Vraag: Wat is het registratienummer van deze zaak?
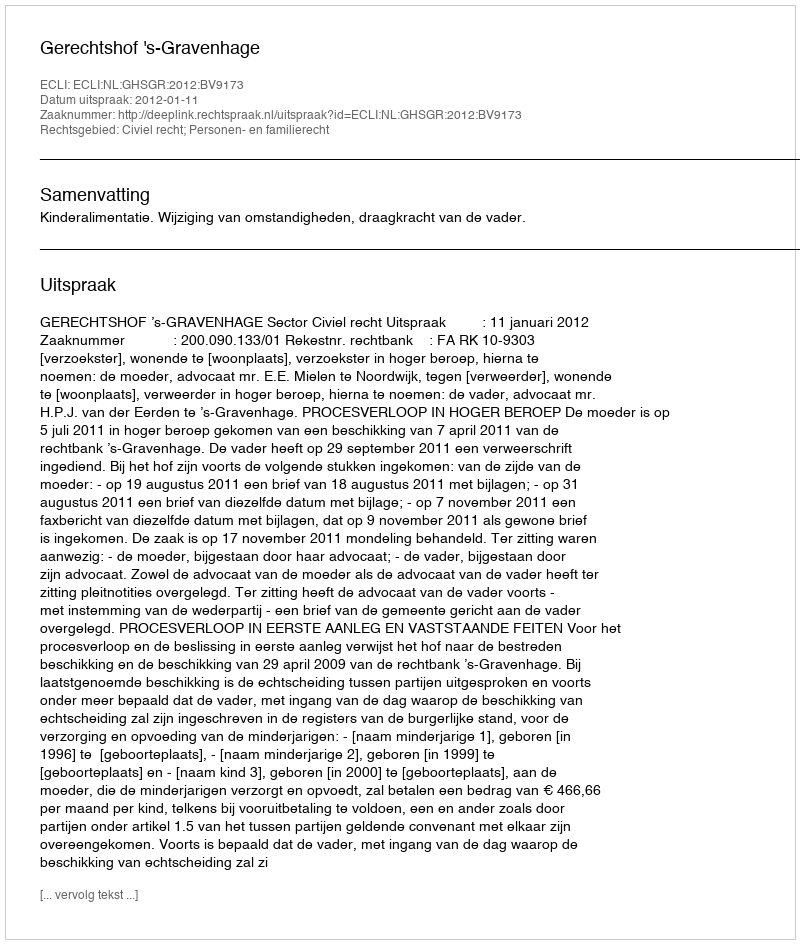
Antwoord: http://deeplink.rechtspraak.nl/uitspraak?id=ECLI:NL:GHSGR:2012:BV9173